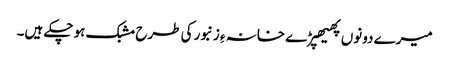
میرے دونوں پھیھپڑے خانہ ءِ زنبور کی طرح مشبک ہو چکے ہیں۔